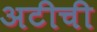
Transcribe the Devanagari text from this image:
अटीची